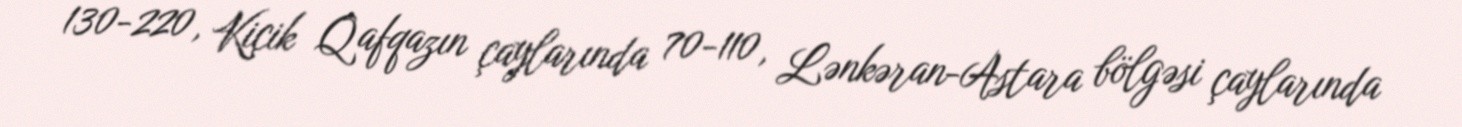
130-220, Kiçik Qafqazın çaylarında 70-110, Lənkəran-Astara bölgəsi çaylarında